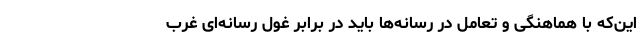
این‌که با هماهنگی و تعامل در رسانه‌ها باید در برابر غول رسانه‌ای غرب